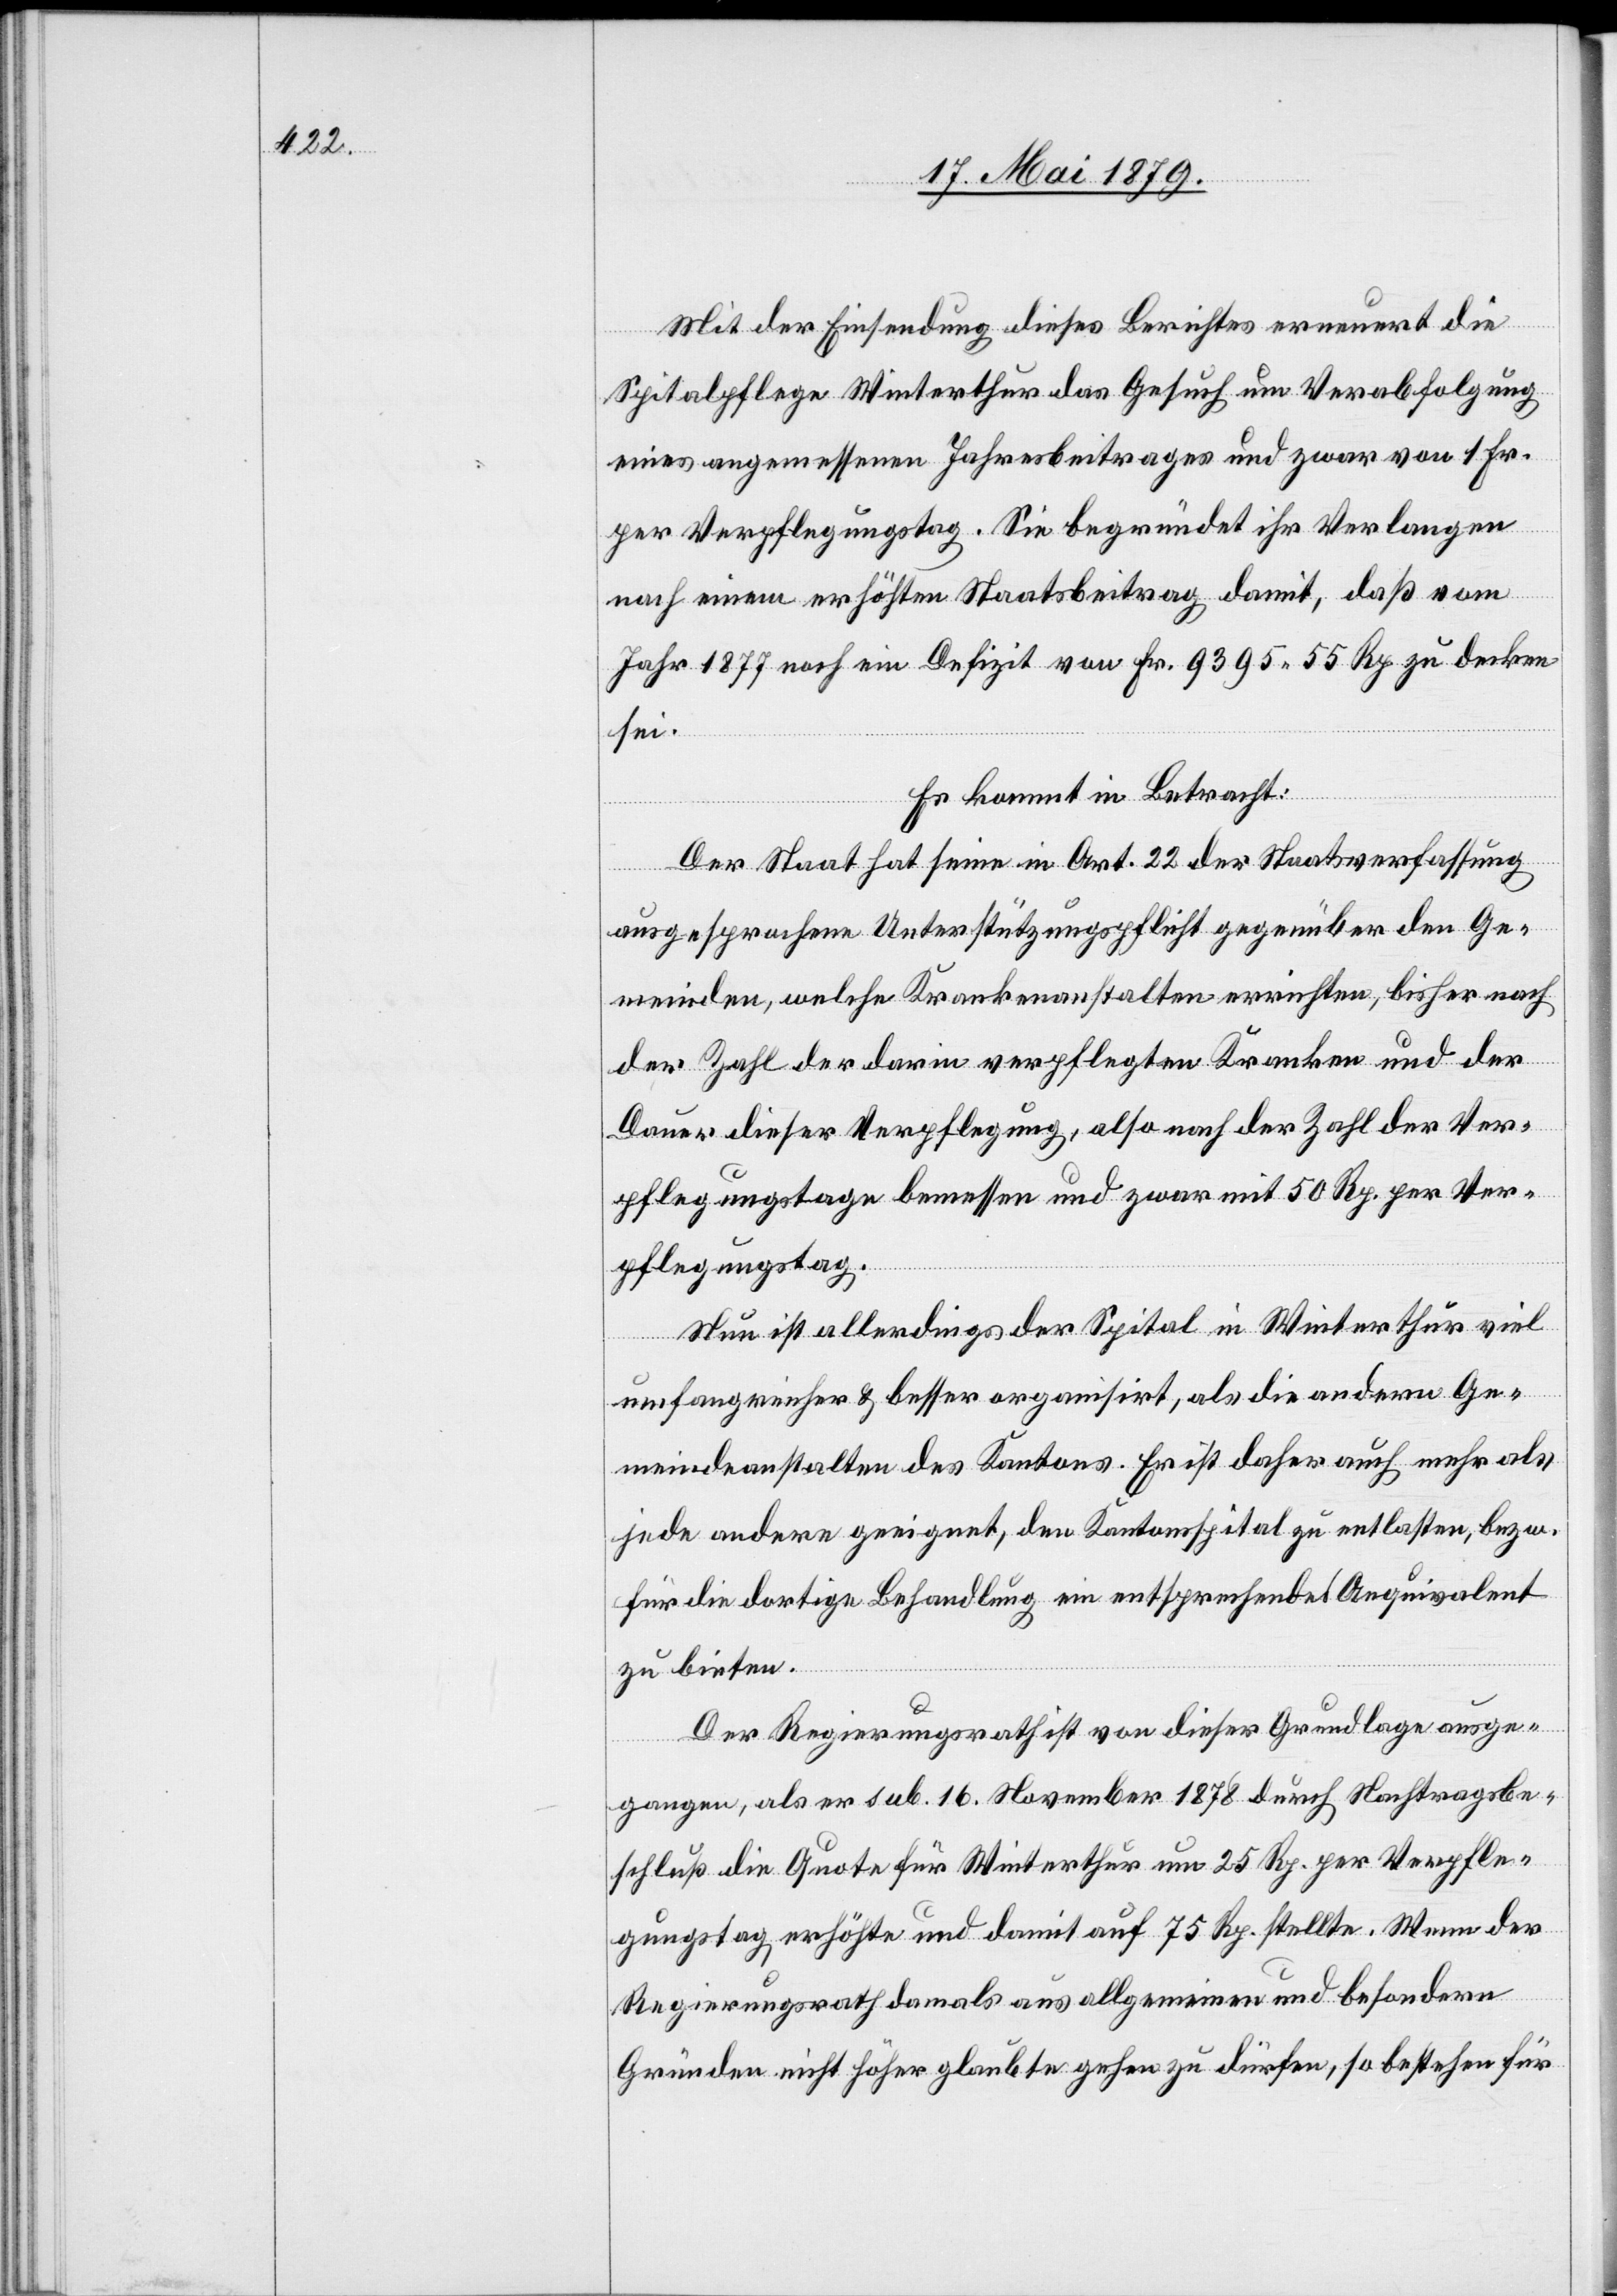
Mit der Einsendung dieses Berichtes erneuert die
Spitalpflege Winterthur das Gesuch um Verabfolgung
eines angemessenen Jahresbeitrages und zwar von 1 Fr.
per Verpflegungstag. Sie begründet ihr Verlangen
nach einem erhöhten Staatsbeitrag damit, daß vom
Jahr 1877 noch ein Defizit von Fr. 9395 55 Rp. zu decken
sei.
Es kommt in Betracht:
Der Staat hat seine in Art. 22 der Staatsverfassung
ausgesprochene Unterstützungspflicht gegenüber den Ge¬
meinden, welche Krankenanstalten errichten, bisher nach
der Zahl der darin verpflegten Kranken und der
Dauer dieser Verpflegung, also nach der Zahl der Ver¬
pflegungstage bemessen und zwar mit 50 Rp. per Ver¬
pflegungstag.
Nun ist allerdings der Spital in Winterthur viel
umfangreicher & besser organisirt, als die andern Ge¬
meindeanstalten des Kantons. Er ist daher auch mehr als
jede[r] andere geeignet, den Kantonsspital zu entlasten, bezw.
für die dortige Behandlung ein entsprechendes Aequivalent
zu bieten.
Der Regierungsrath ist von dieser Grundlage ausge¬
gangen, als er sub. 16. November 1878 durch Nachtragsbe¬
schluß die Quote für Winterthur um 25 Rp. per Verpfle¬
gungstag erhöhte und damit auf 75 Rp. stellte. Wenn der
Regierungsrath damals aus allgemeinen und besondern
Gründen nicht höher glaubte gehen zu dürfen, so bestehen für